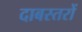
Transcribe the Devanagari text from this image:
दाबस्तरों